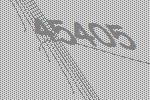
45405